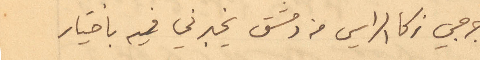
جرجي زكا الراسي من دمشق يخبرني فيه بأختيار